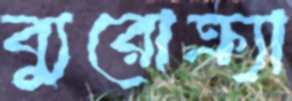
ব্যুরোক্র্যা